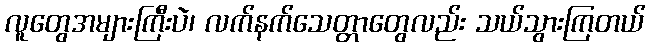
လူတွေအများကြီးပဲ၊ လက်နက်သေတ္တာတွေလည်း သယ်သွားကြတယ်